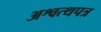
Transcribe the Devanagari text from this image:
अश्वत्थपत्र